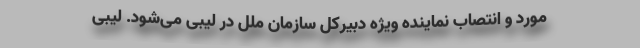
مورد و انتصاب نماینده ویژه دبیرکل سازمان ملل در لیبی می‌شود. لیبی